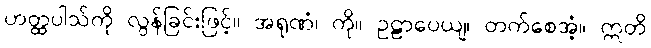
ဟတ္ထပါသ်ကို လွန်ခြင်းဖြင့်။ အရုဏံ၊ ကို။ ဥဠာပေယျ၊ တက်စေအံ့။ ဣတိ